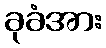
ခုခံအား